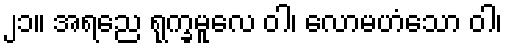
၂၁။ အရညေ ရုက္ခမူလေ ဝါ၊ လောမဟံသော ဝါ၊